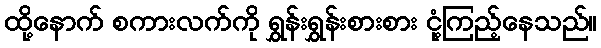
ထို့နောက် စကားလက်ကို ရွှန်းရွှန်းစားစား ငုံ့ကြည့်နေသည်။